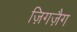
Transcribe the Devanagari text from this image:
ज़िगज़ैग